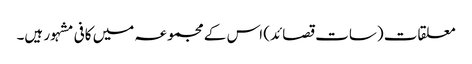
معلقات (سات قصائد) اس کے مجموعہ میں کافی مشہور ہیں۔